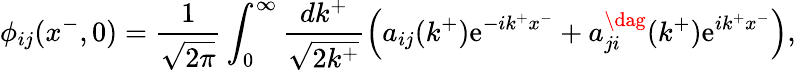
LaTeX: \phi_{ij}(x^{-},0)=\frac{1}{\sqrt{2\pi}}\int_{0}^{\infty}\frac{dk^{+}}{\sqrt{2k^{+}}}\left(a_{ij}(k^{+})\mathrm{e}^{-ik^{+}x^{-}}+a_{ji}^{\dag}(k^{+})\mathrm{e}^{ik^{+}x^{-}}\right),